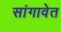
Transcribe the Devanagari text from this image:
सांगावेत